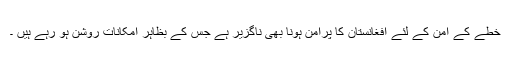
خطے کے امن کے لئے افغانستان کا پرامن ہونا بھی ناگزیر ہے جس کے بظاہر امکانات روشن ہو رہے ہیں ۔